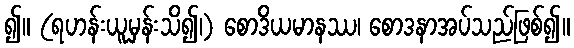
၍။ (ရဟန်းယူမှန်းသိ၍၊) စောဒိယမာနဿ၊ စောဒနာအပ်သည်ဖြစ်၍။